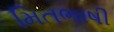
મિતભાષી